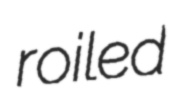
roiled